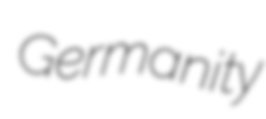
Germanity